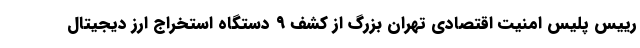
رییس پلیس امنیت اقتصادی تهران بزرگ از کشف ۹ دستگاه استخراج ارز دیجیتال